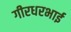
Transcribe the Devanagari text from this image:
गीरधरभाई